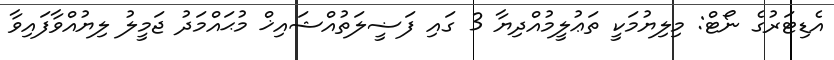
އެޑިޓަރުގެ ނޯޓް: މިލިޔުމަކީ ތަޢުލީމުއްދިޔާ 3 ގައި ފަޟީލަތުއްޝައިޚް މުޙައްމަދު ޖަމީލު ލިޔުއްވާފައިވާ